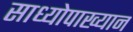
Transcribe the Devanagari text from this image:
साध्योपाख्यान